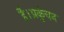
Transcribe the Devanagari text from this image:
है।प्रकुंचन